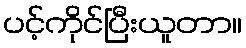
ပင့်ကိုင်ပြီးယူတာ။